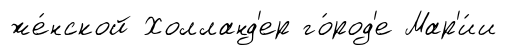
же́нской Холланд'ер го́род'е Мар'и́и